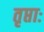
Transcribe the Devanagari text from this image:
तृप्ताः